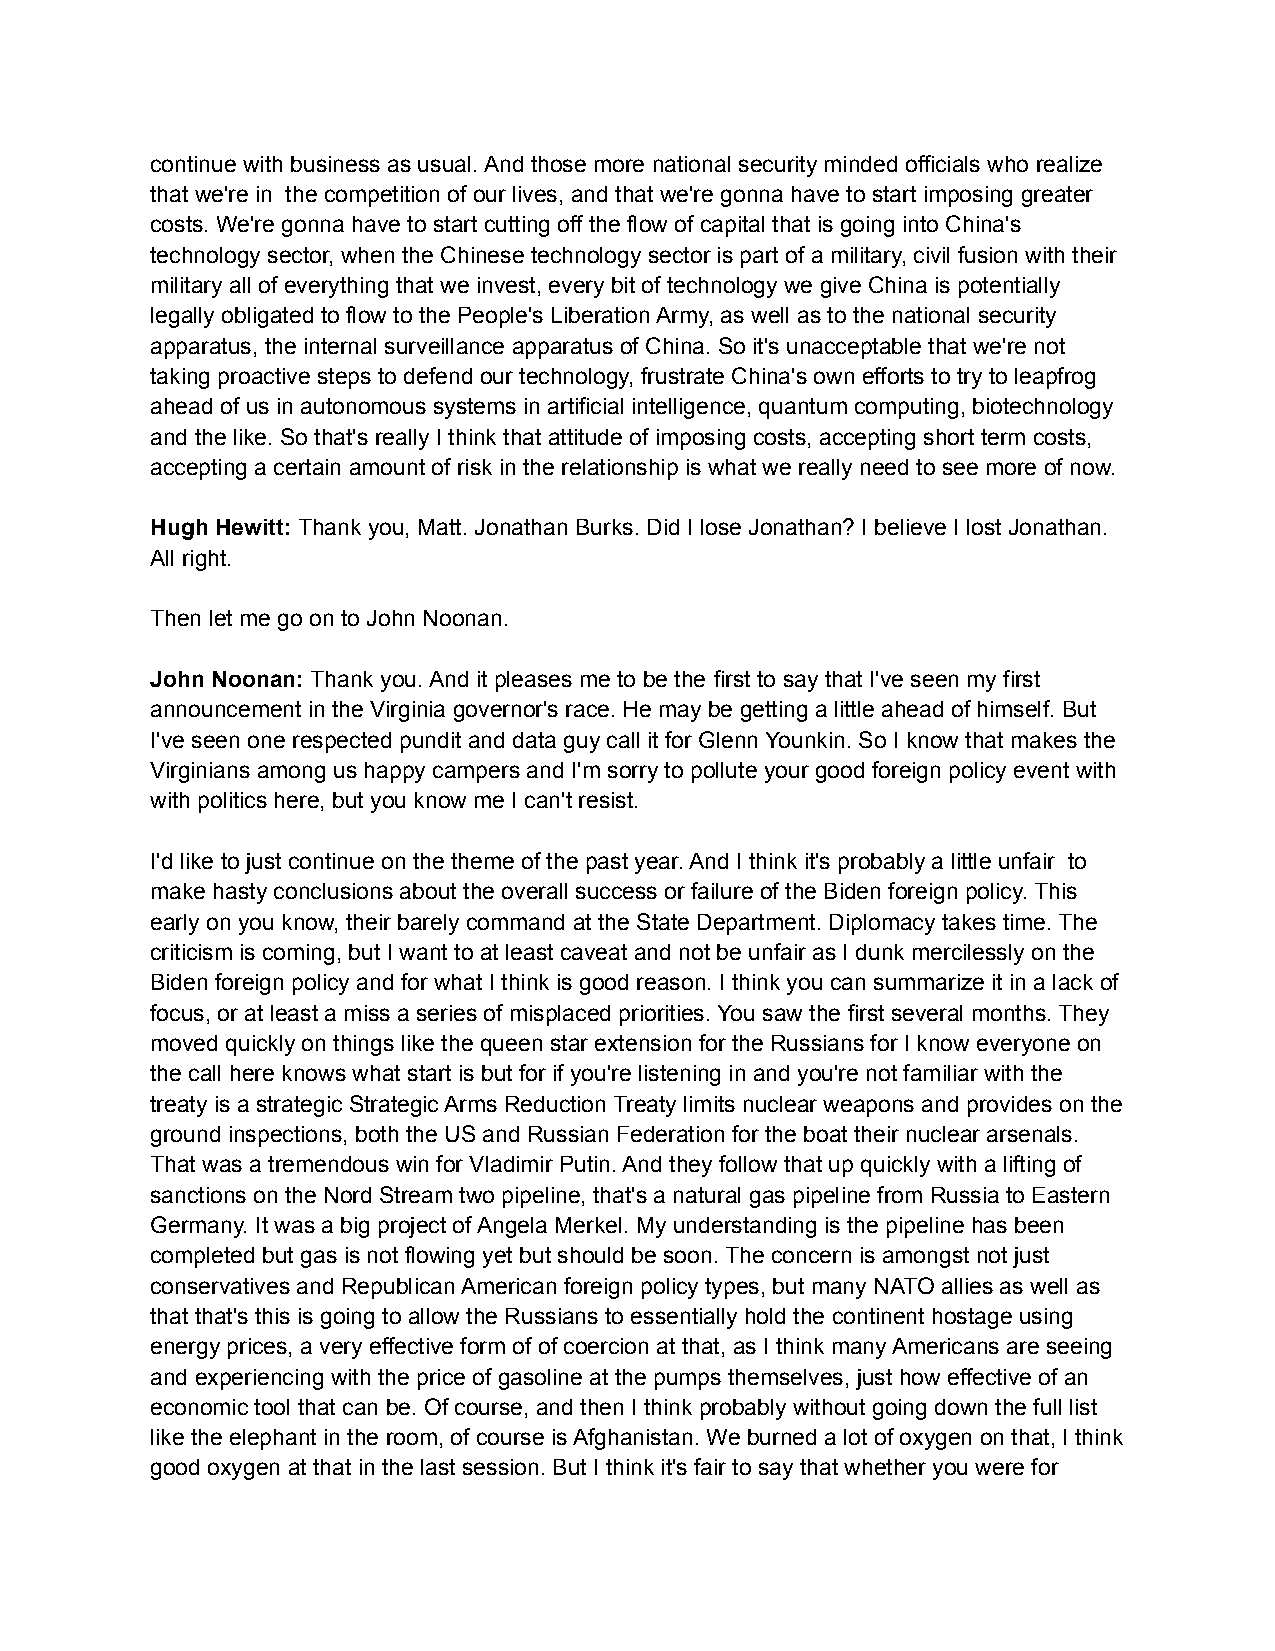
continue with business as usual. And those more national security minded officials who realize
 that we're in the competition of our lives, and that we're gonna have to start imposing greater
 costs. We're gonna have to start cutting off the flow of capital that is going into China's
 technology sector, when the Chinese technology sector is part of a military, civil fusion with their
 military all of everything that we invest, every bit of technology we give China is potentially
 legally obligated to flow to the People's Liberation Army, as well as to the national security
 apparatus, the internal surveillance apparatus of China. So it's unacceptable that we're not
 taking proactive steps to defend our technology, frustrate China's own efforts to try to leapfrog
 ahead of us in autonomous systems in artificial intelligence, quantum computing, biotechnology
 and the like. So that's really I think that attitude of imposing costs, accepting short term costs,
 accepting a certain amount of risk in the relationship is what we really need to see more of now.
 Hugh Hewitt: Thank you, Matt. Jonathan Burks. Did I lose Jonathan? I believe I lost Jonathan.
 All right.
 Then let me go on to John Noonan.
 John Noonan: Thank you. And it pleases me to be the first to say that I've seen my first
 announcement in the Virginia governor's race. He may be getting a little ahead of himself. But
 I've seen one respected pundit and data guy call it for Glenn Younkin. So I know that makes the
 Virginians among us happy campers and I'm sorry to pollute your good foreign policy event with
 with politics here, but you know me I can't resist.
 I'd like to just continue on the theme of the past year. And I think it's probably a little unfair to
 make hasty conclusions about the overall success or failure of the Biden foreign policy. This
 early on you know, their barely command at the State Department. Diplomacy takes time. The
 criticism is coming, but I want to at least caveat and not be unfair as I dunk mercilessly on the
 Biden foreign policy and for what I think is good reason. I think you can summarize it in a lack of
 focus, or at least a miss a series of misplaced priorities. You saw the first several months. They
 moved quickly on things like the queen star extension for the Russians for I know everyone on
 the call here knows what start is but for if you're listening in and you're not familiar with the
 treaty is a strategic Strategic Arms Reduction Treaty limits nuclear weapons and provides on the
 ground inspections, both the US and Russian Federation for the boat their nuclear arsenals.
 That was a tremendous win for Vladimir Putin. And they follow that up quickly with a lifting of
 sanctions on the Nord Stream two pipeline, that's a natural gas pipeline from Russia to Eastern
 Germany. It was a big project of Angela Merkel. My understanding is the pipeline has been
 completed but gas is not flowing yet but should be soon. The concern is amongst not just
 conservatives and Republican American foreign policy types, but many NATO allies as well as
 that that's this is going to allow the Russians to essentially hold the continent hostage using
 energy prices, a very effective form of of coercion at that, as I think many Americans are seeing
 and experiencing with the price of gasoline at the pumps themselves, just how effective of an
 economic tool that can be. Of course, and then I think probably without going down the full list
 like the elephant in the room, of course is Afghanistan. We burned a lot of oxygen on that, I think
 good oxygen at that in the last session. But I think it's fair to say that whether you were for